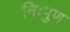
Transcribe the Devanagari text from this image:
निःपुण